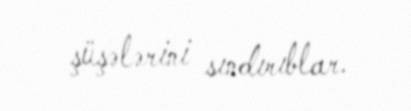
şüşələrini sındırıblar.